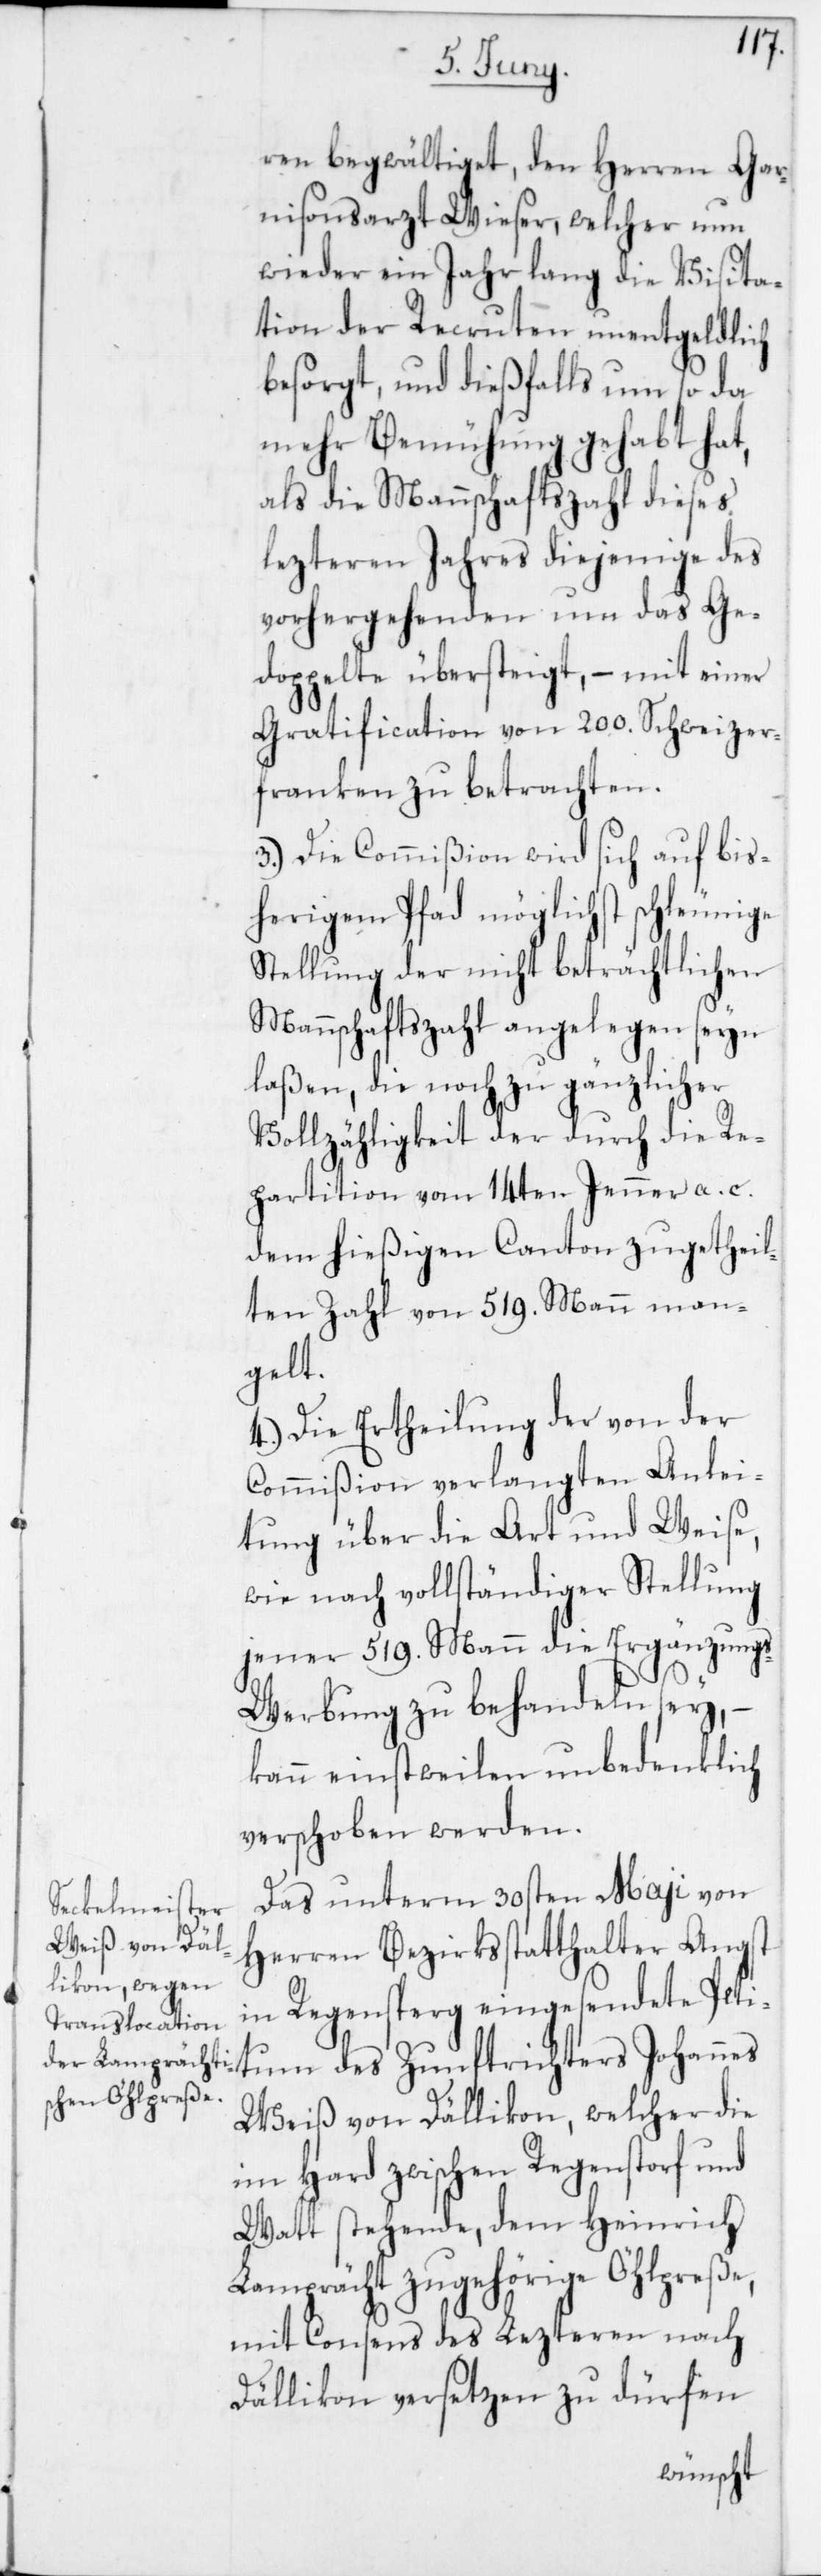
ren begwältiget, den Herren Gar¬
nisonsarzt Wieser, welcher nun
wieder ein Jahr lang die Visita¬
tion der Recruten unentgeldlich
besorgt, und dießfalls um so da
mehr Bemühung gehabt hat,
als die Mannschaftszahl dieses
lezteren Jahres diejenige des
vorhergehenden um das Ge¬
doppelte übersteigt, – mit einer
Gratification von 200. Schweizer¬
franken zu betrachten.
3. Die Commißion wird sich auf bis¬
herigem Pfad möglichst schleunige
Stellung der nicht beträchtlichen
Mannschaftszahl angelegen seyn
laßen, die noch zu gänzlicher
Vollzähligkeit der durch die Re¬
partition vom 14ten Jenner a. c.
dem hießigen Canton zugetheil¬
ten Zahl von 519 Mann man¬
gelt.
4. Die Ertheilung der von der
Commißion verlangten Anlei¬
tung über die Art und Weise,
wie nach vollständiger Stellung
jener 519 Mann die Ergänzung¬
s-Werbung zu behandeln sey, –
kann einstweilen unbedenklich
verschoben werden.
Das unterm 30sten Maji von
Herren Bezirksstatthalter Angst
in Regensperg eingesendete Peti¬
tum des Zunftrichters Johannes
Weiß von Dällikon; welcher die
im Hard zwischen Regenstorf und
Watt stehende, dem Heinrich
Lamprächt zugehörige Öhlpreße,
mit Consens des Lezteren nach
Dällikon versetzen zu dürfen